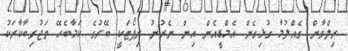
ރިލްވާން ގެއްލުމާ ގުޅިގެން އެމްޑީއެން އިން ނެރުނު ރިޕޯޓަކީ ބޭރުގެ ކަމާބެހޭ ތަޖުރިބާކާރަކު